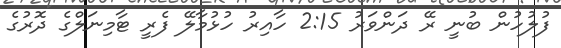
ފުލުހުން ބުނީ ރޭ ދަންވަރު 2:15 ހާއިރު ހުޅުމާލޭ ފެރީ ޓާމިނަލްގެ ދޮރުގެ